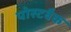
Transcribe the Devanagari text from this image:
पोस्टबैक